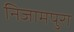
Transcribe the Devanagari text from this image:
निजामपुरा